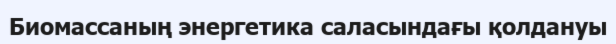
Биомассаның энергетика саласындағы қолдануы